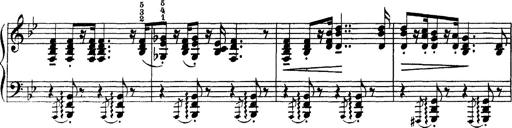
Title: Scherzo und Marsch
Composer: Franz Liszt